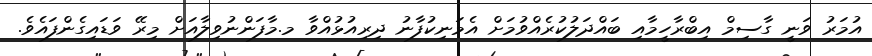
އުމަރު ވަނީ ގާސިމް އިބްރާހީމާއި ބައްދަލުކުރެއްވުމަށް އެމަނިކުފާނު ދިރިއުޅުއްވާ މ.މާފަންނުވިލާއަށް މިރޭ ވަޑައިގެންފައެވެ.